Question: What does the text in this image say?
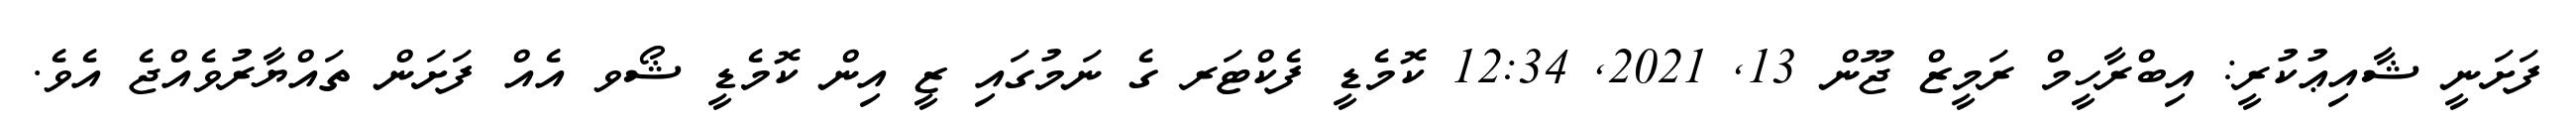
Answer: ފަށަނީ ޝާއިޢުކުރީ: އިބްރާހީމް ރަމީޒް ޖޫން 13, 2021, 12:34 ކޮމެޑީ ފެކްޓަރ ގެ ނަމުގައި ޒީ އިން ކޮމެޑީ ޝޯވ އެއް ފަށަން ތައްޔާރުވެއްޖެ އެވެ.